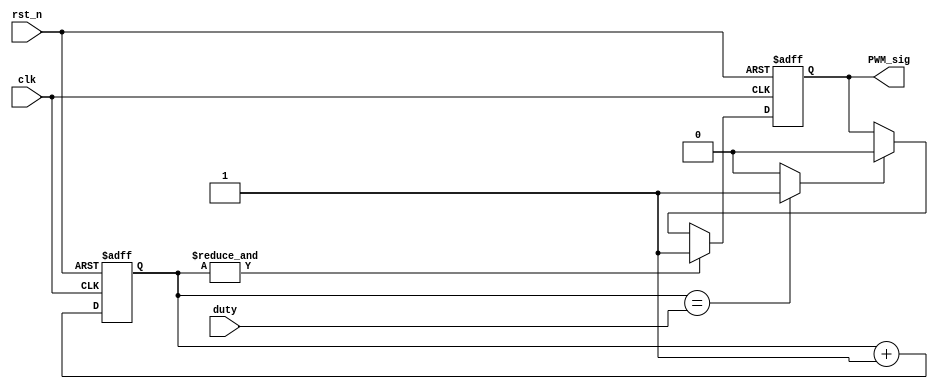
module pwm8(duty, clk, rst_n, PWM_sig);

input [7:0] duty;
input clk, rst_n;
output reg PWM_sig;
reg [7:0] cnt;
wire set, reset;

always @(posedge clk or negedge rst_n) begin
  
  if (rst_n == 0) begin
    PWM_sig <= 0; 
    cnt <= 0;
  end else begin
    cnt <= cnt + 1;
    if (set == 1) 
      PWM_sig <= 1;
    else if (reset == 1)
      PWM_sig <= 0;
    else 
      PWM_sig <= PWM_sig;
  end
end

assign set = &cnt;
assign reset = (cnt == duty)? 1:0;

endmodule